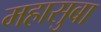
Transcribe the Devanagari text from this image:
महासुबा